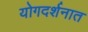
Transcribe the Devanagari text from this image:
योगदर्शनात